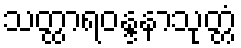
သတ္ထာရဝန္ဒနာသုတ္တံ